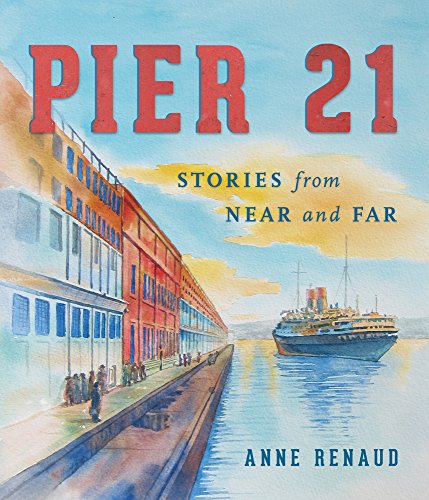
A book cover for Pier 21: Stories from Near and Far; Anne Renaud; Children's Books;